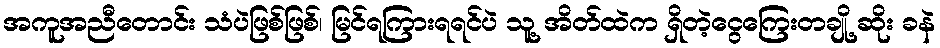
အကူအညီတောင်း သံပဲဖြစ်ဖြစ်၊ မြင်ရကြားရရင်ပဲ သူ့ အိတ်ထဲက ရှိတဲ့ငွေကြေးတချို့ ဆိုး ခနဲ